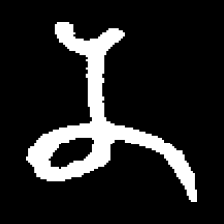
Pyu character \u2014 Myanmar letter: န (romanized: na)